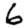
Digit: 6